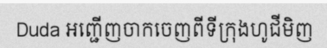
Duda អញ្ជើញចាកចេញពីទីក្រុងហូជីមិញ